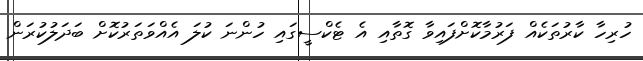
ހުރިހާ ކާރުތަކެއް ފަރުމާކޮށްފައިވާ ގޮތާއި އެ ޓެކްސީގައި ހުންނަ ކުލަ އެއްވަތަރުކޮށް ބަދަލުކުރަން